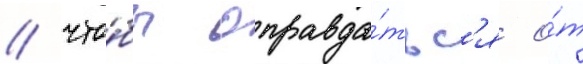
/ что́бы оправда́тьс'я о́т